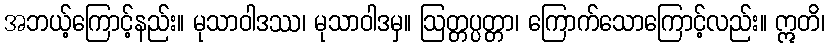
အဘယ့်ကြောင့်နည်း။ မုသာဝါဒဿ၊ မုသာဝါဒမှ။ ဩတ္တပ္ပတ္တာ၊ ကြောက်သောကြောင့်လည်း။ ဣတိ၊